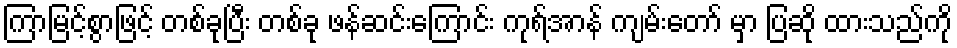
ကြာမြင့်စွာဖြင့် တစ်ခုပြီး တစ်ခု ဖန်ဆင်းကြောင်း ကုရ်အာန် ကျမ်းတော် မှာ ပြဆို ထားသည်ကို